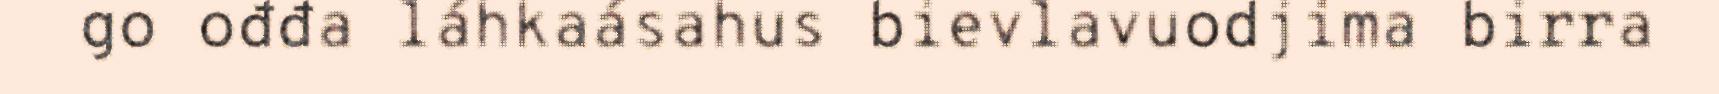
go ođđa láhkaásahus bievlavuodjima birra